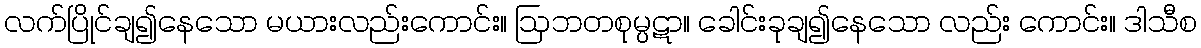
လက်ပြိုင်ချ၍နေသော မယားလည်းကောင်း။ ဩဘတစုမ္ပဋာ။ ခေါင်းခုချ၍နေသော လည်း ကောင်း။ ဒါသီစ